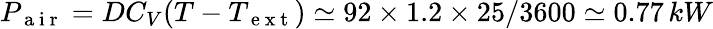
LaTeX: P_{\mathrm{~a~i~r~}}=DC_{V}(T-T_{\mathrm{~e~x~t~}})\simeq 92\times 1.2\times 25/3600\simeq 0.77\, kW